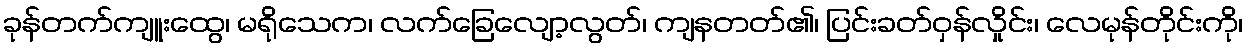
ခုန်တက်ကျူးထွေ၊ မရိုသေက၊ လက်ခြေလျော့လွတ်၊ ကျနတတ်၏၊ ပြင်းခတ်ဝှန်လှိုင်း၊ လေမုန်တိုင်းကို၊